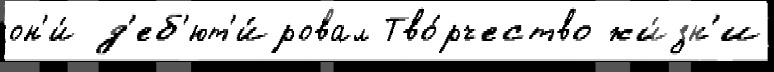
он'и́ д'еб'ют'и́ровал Тво́рчество жи́зн'и